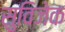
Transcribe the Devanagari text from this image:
सुविजेक